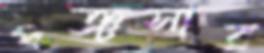
পঞ্চসার